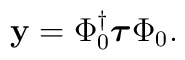
{\bf y} = \Phi_0^\dagger \mbox{\boldmath$\tau$} \Phi_0.